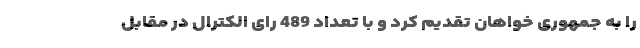
را به جمهوری خواهان تقدیم کرد و با تعداد 489 رای الکترال در مقابل